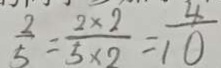
\frac { 2 } { 5 } = \frac { 2 \times 2 } { 5 \times 2 } = \frac { 4 } { 1 0 }